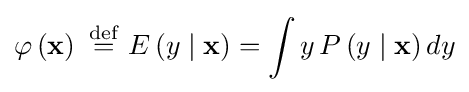
\varphi \left(\mathbf {x} \right)\ {\stackrel {\mathrm {def} }{=}}\ E\left(y\mid \mathbf {x} \right)=\int y\,P\left(y\mid \mathbf {x} \right)dy